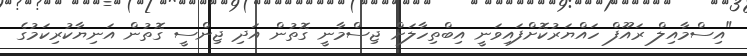
"އިސްމާއިލް ރައޫފް ހައްޔަރުކޮށްފައިވަނީ އިބްތިހާލަށް ޖިސްމާނީ ގޮތުން އަދި ޖިންސީ ގޮތުން އަނިޔާކުރިކަމުގެ